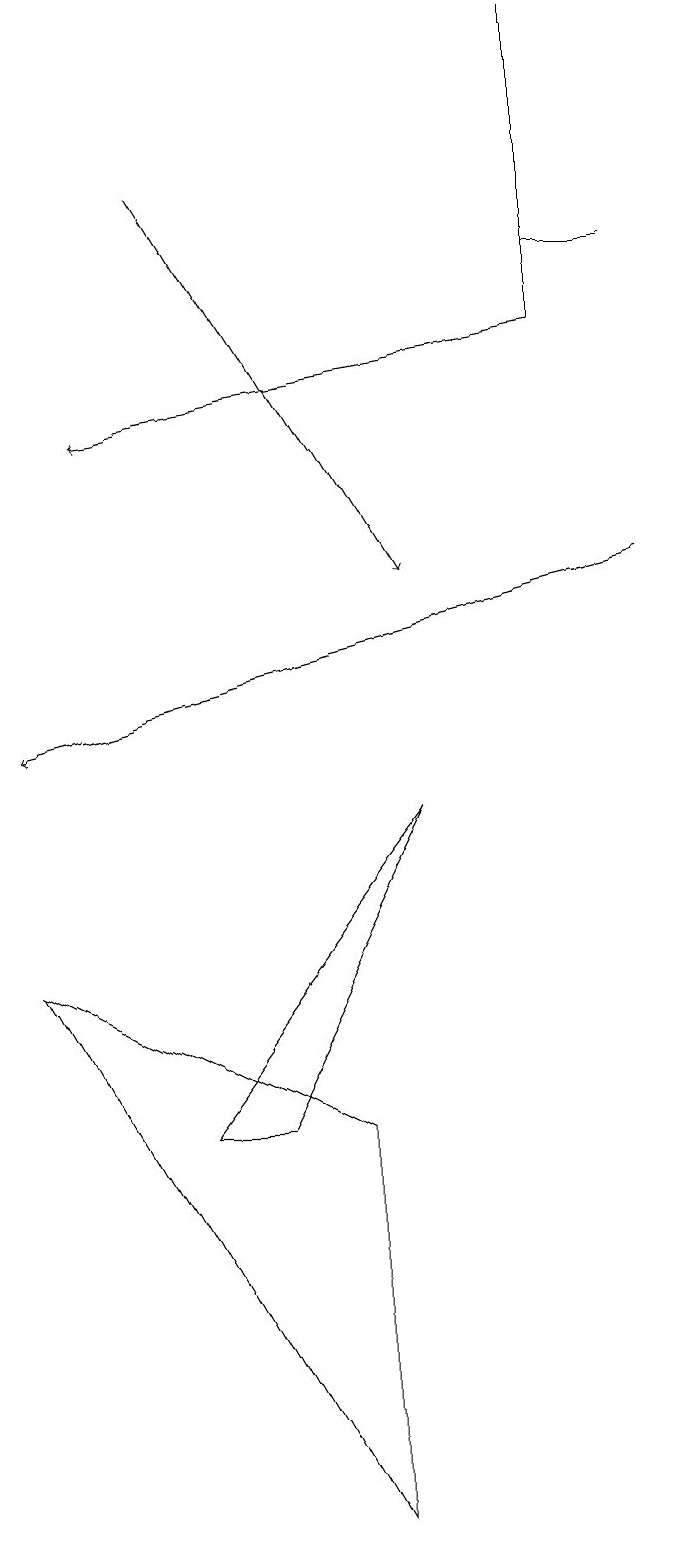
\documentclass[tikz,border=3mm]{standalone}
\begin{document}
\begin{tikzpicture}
\draw (1,7) -- (5,0) -- (5,5) -- cycle;
\draw (6,9) -- (3,5) -- (4,5) -- cycle;
\draw (9,16) rectangle (8,16);
\draw (8,19) rectangle (8,15);
\draw[->] (3,17) -- (6,12);
\draw[->] (8,15) -- (2,14);
\draw[->] (9,12) -- (1,10);
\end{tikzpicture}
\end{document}